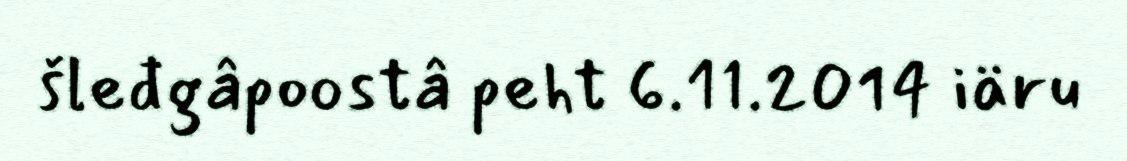
šleđgâpoostâ peht 6.11.2014 iäru